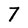
Character: 7